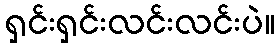
ရှင်းရှင်းလင်းလင်းပဲ။